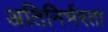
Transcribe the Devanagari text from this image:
अतिनिर्भरता